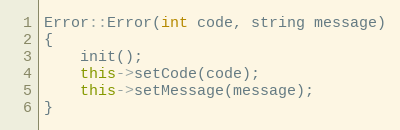
Language: C++
Error::Error(int code, string message)
{
	init();
	this->setCode(code);
	this->setMessage(message);
}